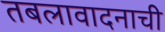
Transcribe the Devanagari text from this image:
तबलावादनाची